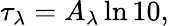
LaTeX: \tau_{\lambda}=A_{\lambda}\ln 10,